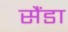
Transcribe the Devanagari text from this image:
सैंडा